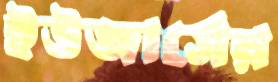
ইউজার্সের